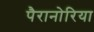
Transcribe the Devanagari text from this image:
पैरानोरिया